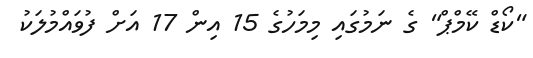
"ކޯޑް ކޭމްޕް" ގެ ނަމުގައި މިމަހުގެ 15 އިން 17 އަށް ފުވައްމުލަކު